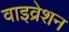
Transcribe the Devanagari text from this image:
वाइव्रेशन